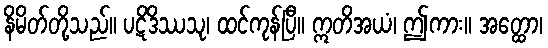
နိမိတ်တို့သည်။ ပဋိဒိဿသု၊ ထင်ကုန်ပြီ။ ဣတိအယံ၊ ဤကား။ အတ္ထော၊